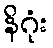
နိဂုံး